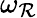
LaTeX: \omega_{\mathcal{R}}